Bréfritari: Einar Ásmundsson
Viðtakandi: Jón Borgfirðings Jónsson
Dagsetning: A-1858-12-02
Skrifað á: Nesi  S-Þing.

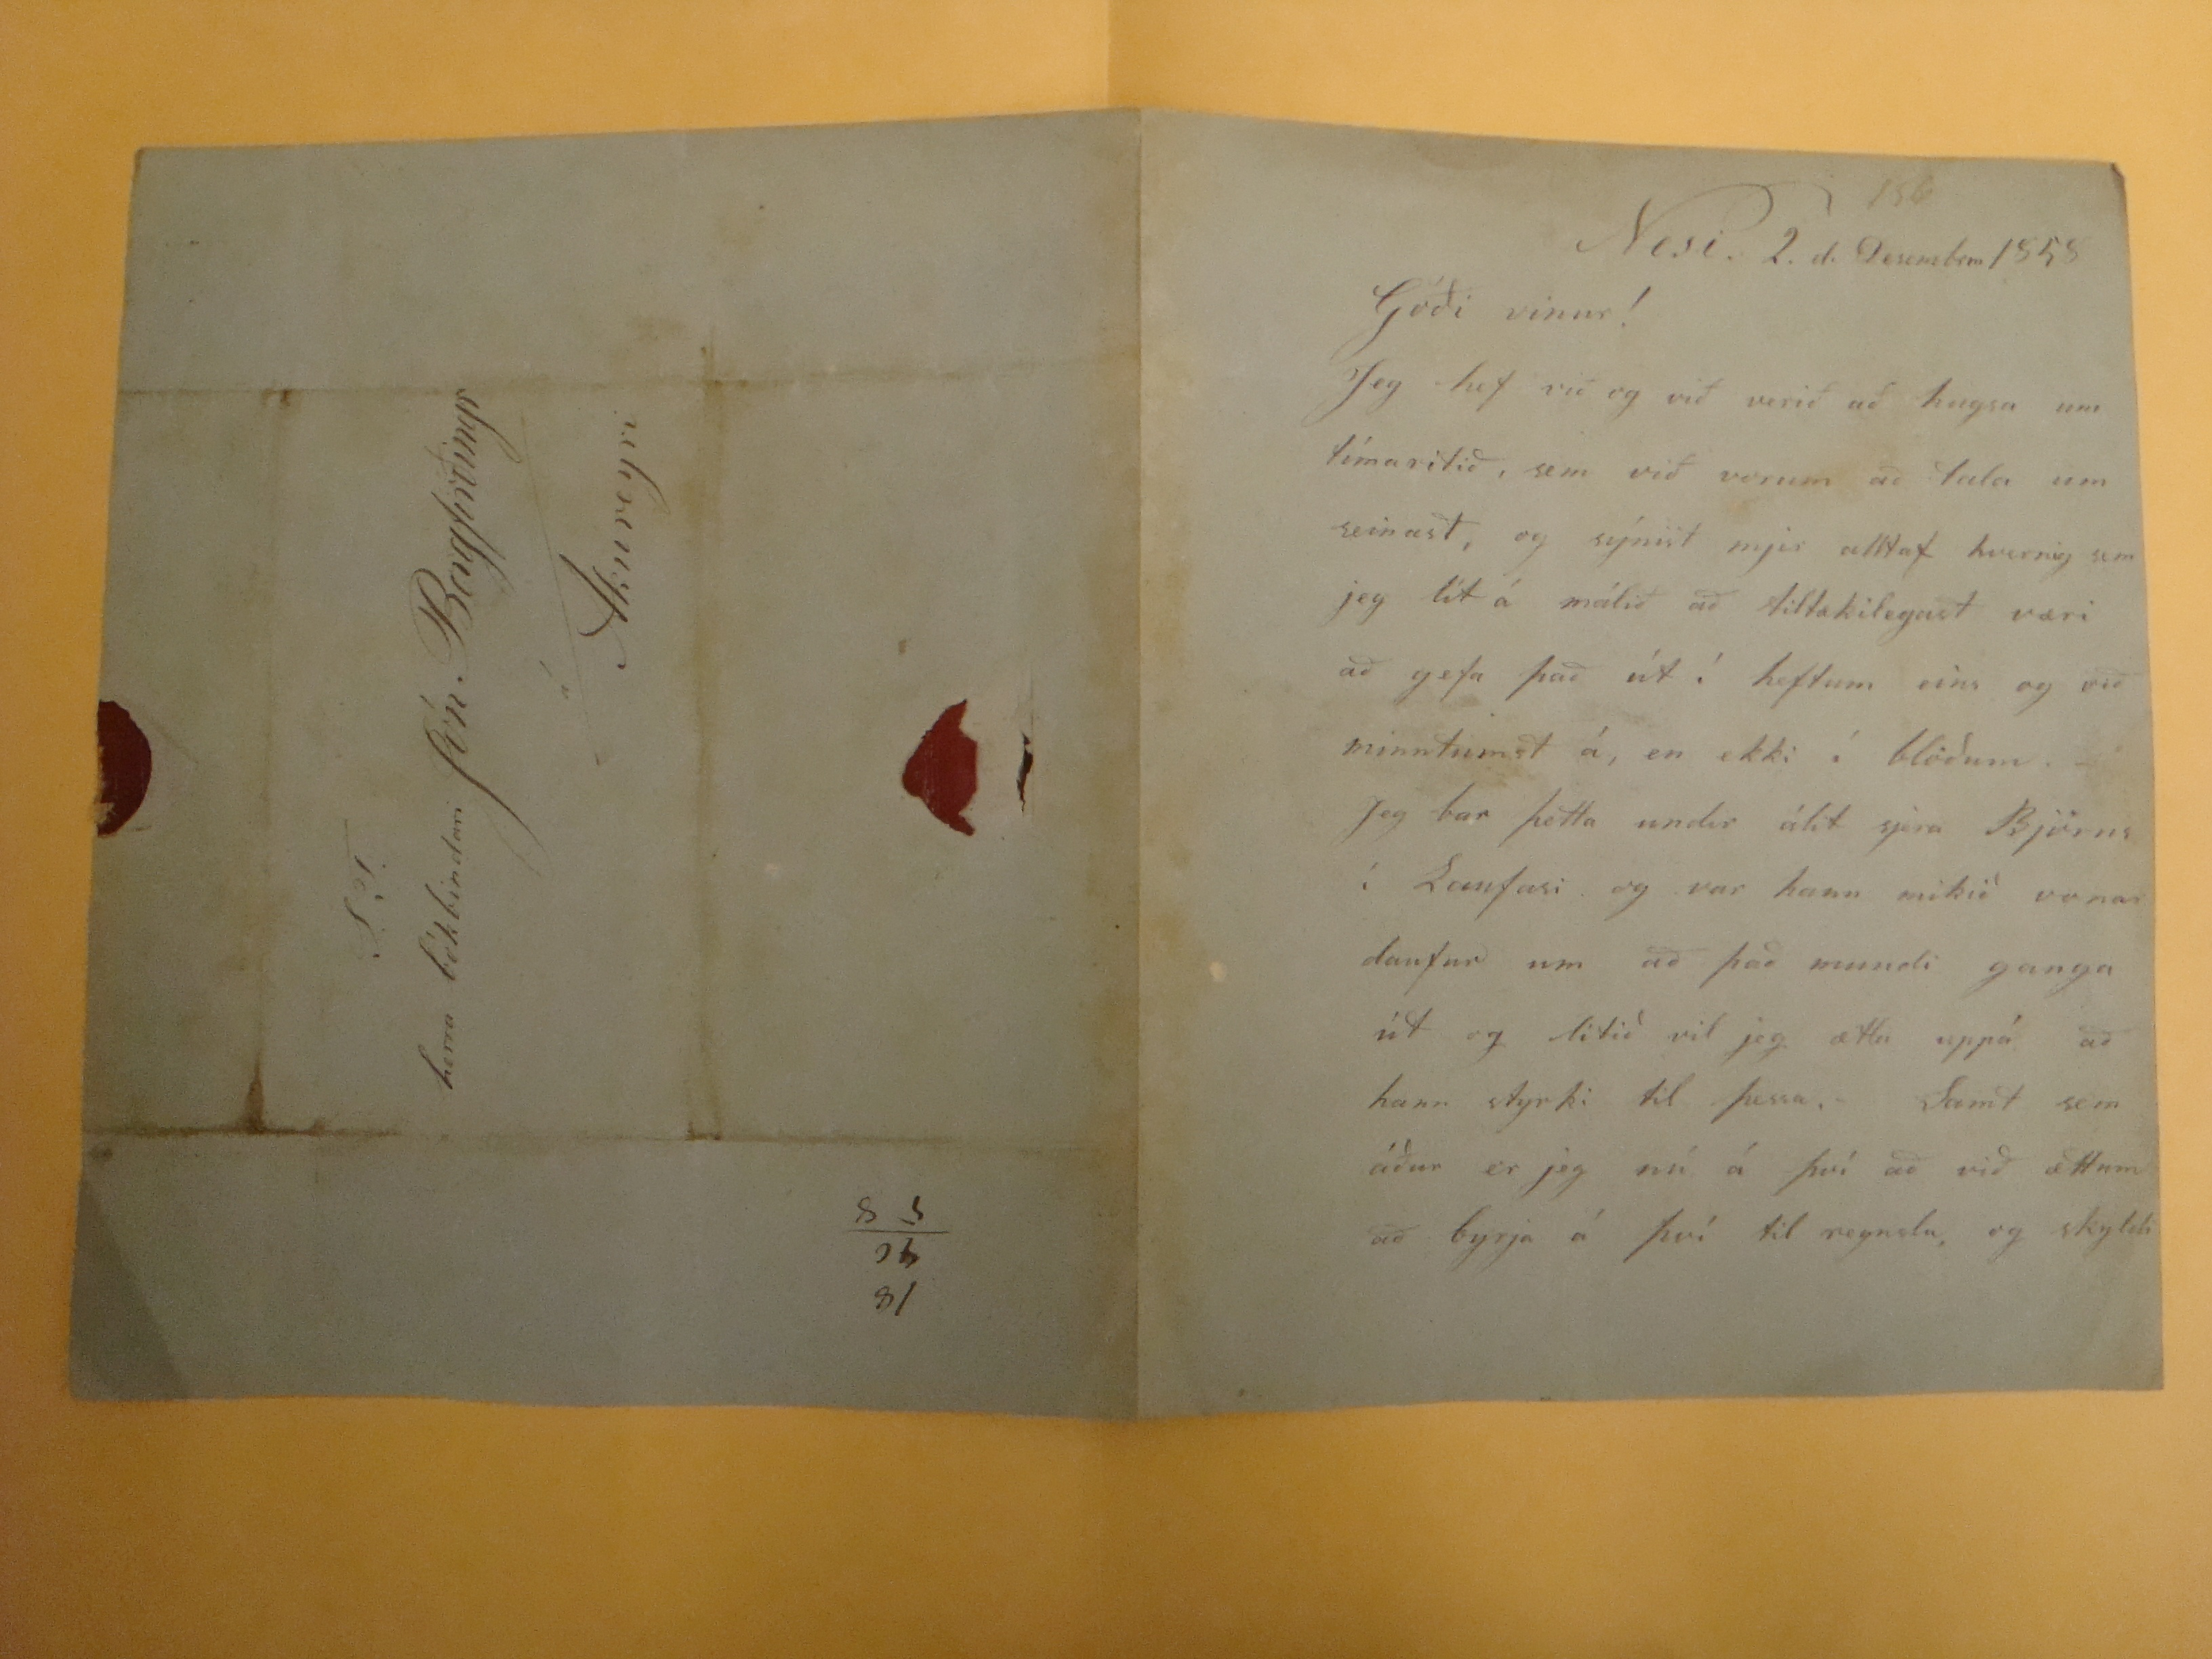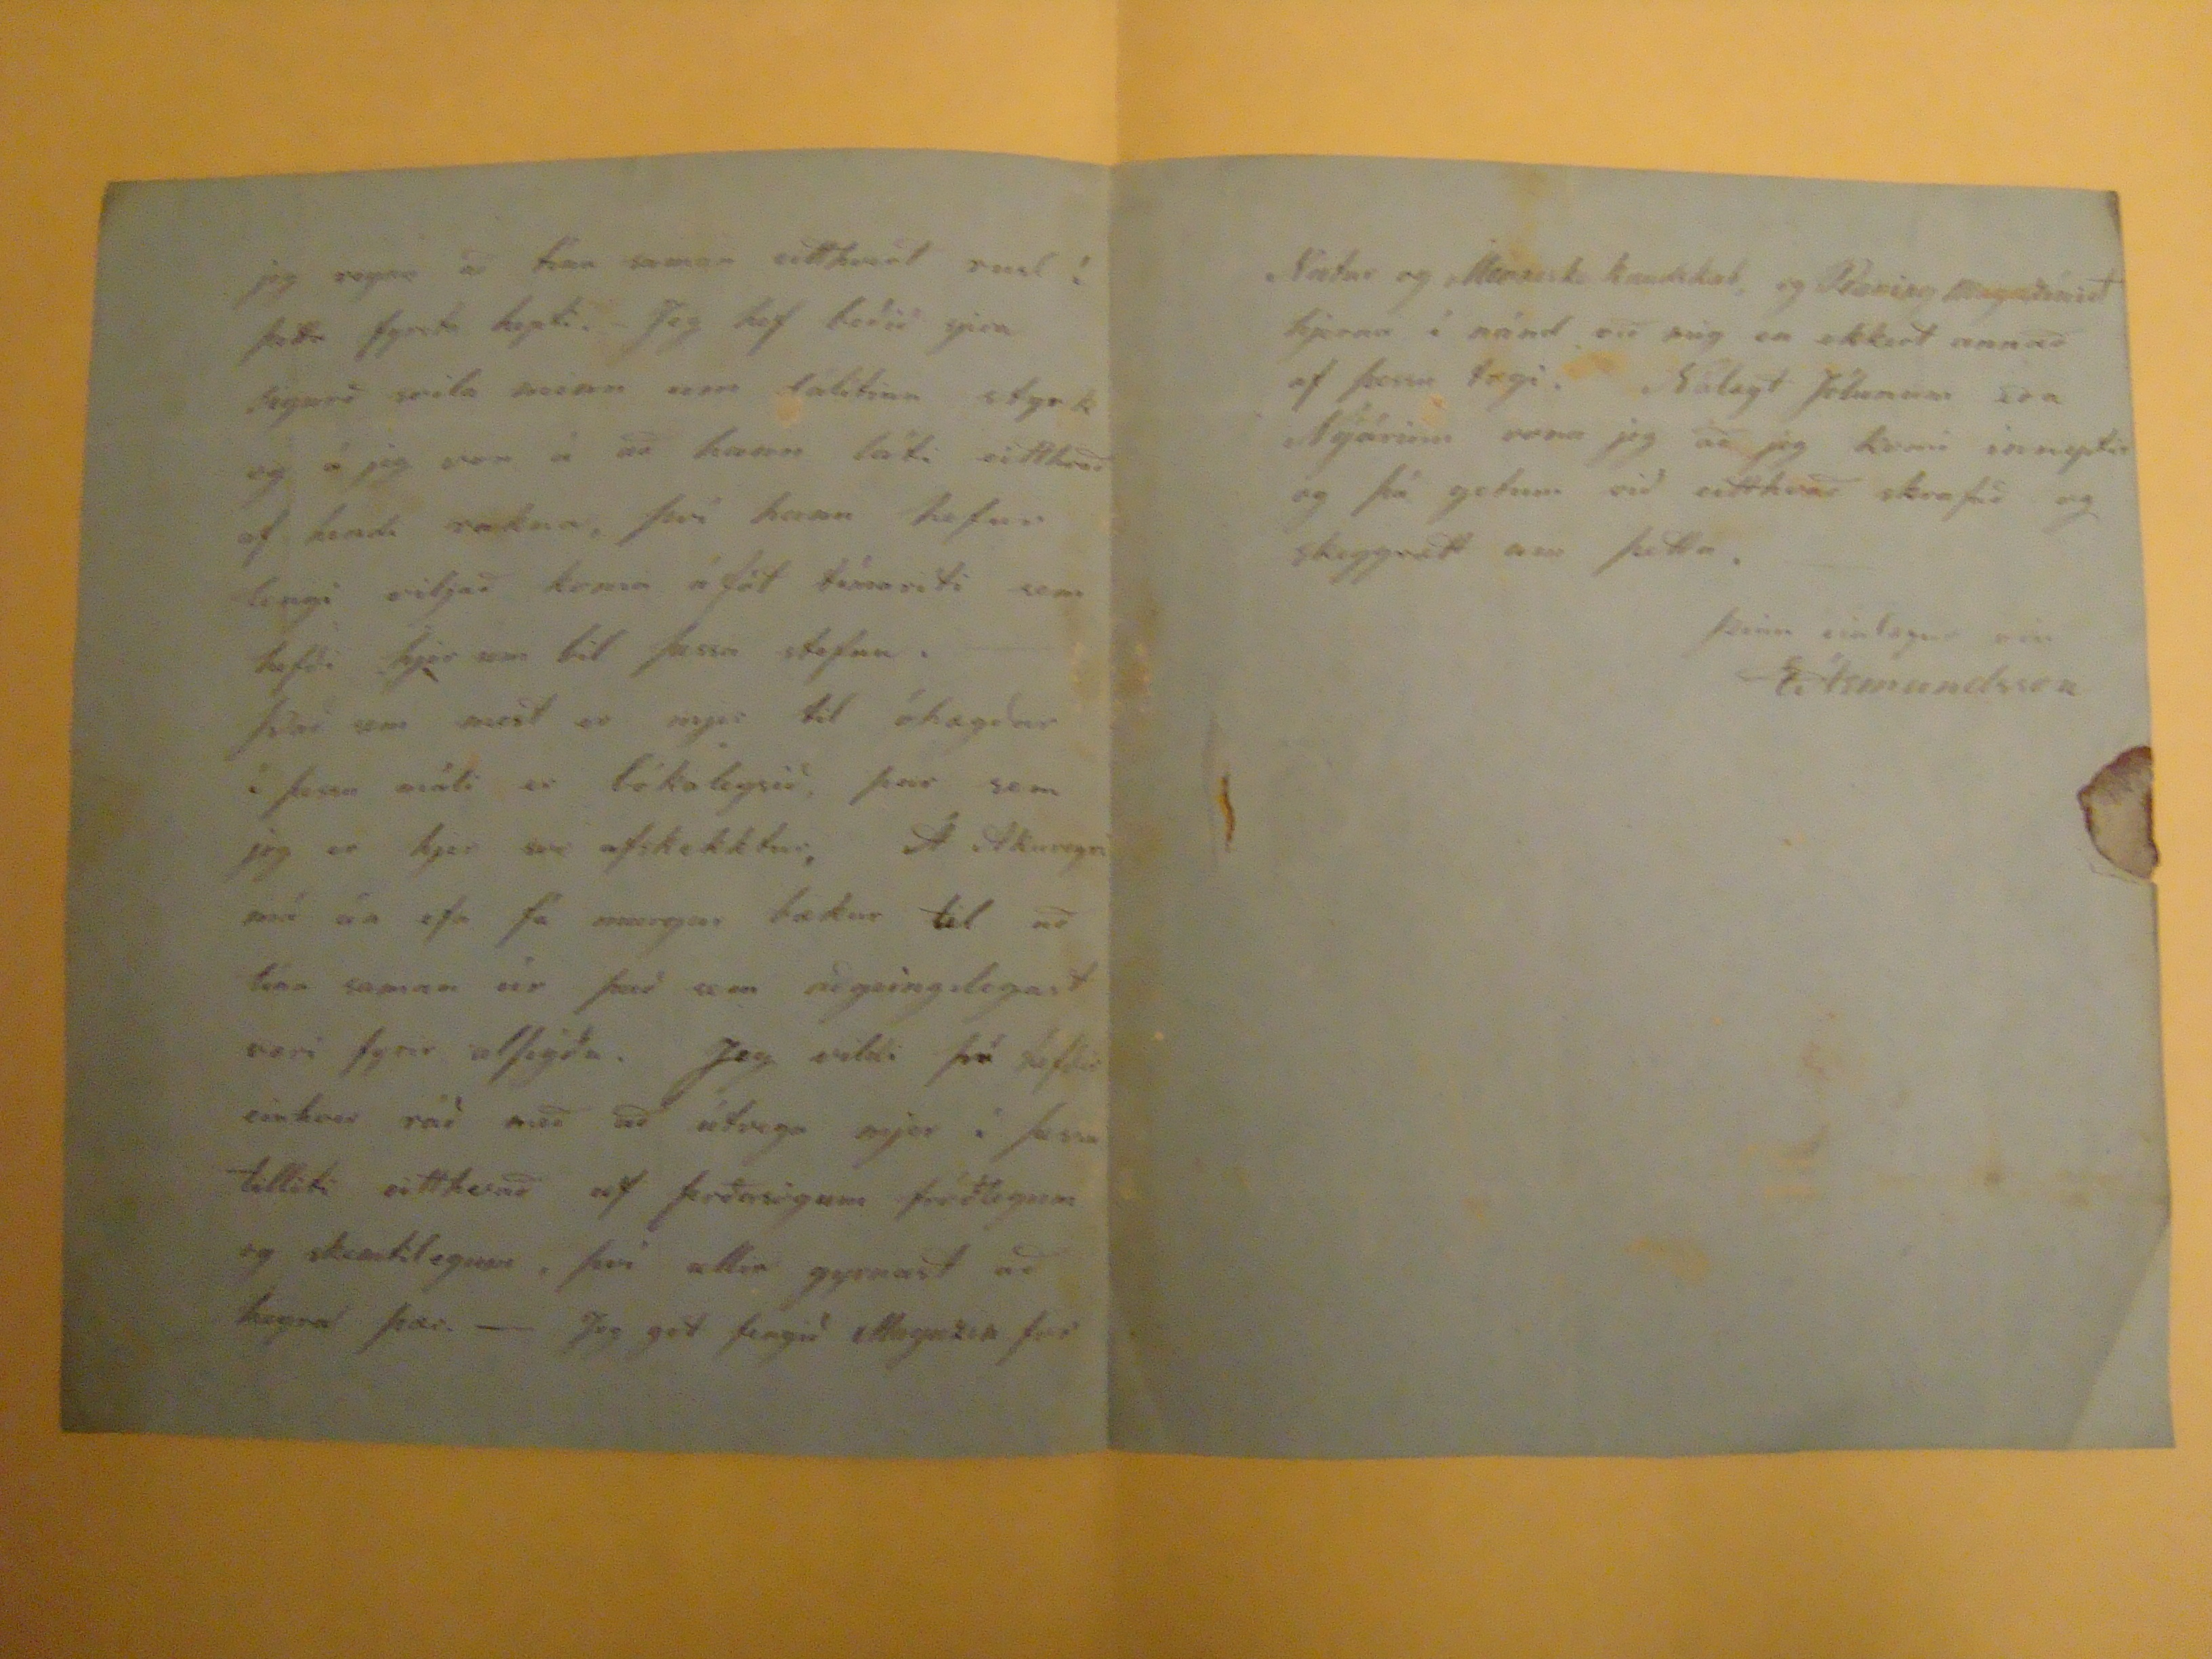

nesi. 2. d. Desember 1858
Góði vinur!
Jeg hef við og við verið að hugsa um tímaritið, sem við vorum að tala um seinast, og sýnist mjer alltaf hvernig sem jeg lít á málið að tiltakilegast væri að gefa það út í heftum eins og við minntumst á, en ekki í blöðum. Jeg bar þetta undir álit sjera Björns í
Lanfasi
og var hann mikið vonar daufur um að það mundi ganga út og litið vil jeg ætla uppá að hann styrkti til þessa. Samt sem áður er jeg nú á því að við ættum að byrja á því til reynslu, og skyldi
jeg reyni að tína saman eitthvert rusl í þetta fyrsta hepti.- Jeg hef beðið sjera Sigurð
seila
neinn umd álítinn styrk og á jeg von á að hann láti eitthvað af hendi rakna, því hann hefur lengi viljað koma á fót tímariti sem hefði hjer um bil þessa stefnu.- Það sem mest er mjer til óhægðar í þessu máli er bókaleysið, þar sem jeg er hjer svo afskekktur, Á Akureyri má án efa fá margar bækur til að tína saman úr því sem aðgeingilegast væri fyrir alþýðu. Jeg vildi þú hefðir einvher ráð með að útvega mjer í þssu tilliti eitthvað af
þeðasigum
fróðlegum og skemtilegum, því allir gyrnast að heyra þær.- Jeg get fengið
Magnus fer
Natur og ?????
, og
??? magasínið hjerna
í nánd en mig er ekkert annað af þessu tægi. Nálægt Jólunum eða Nýárinu vona jeg að jeg komi inneptir og þá getum við eitthvað skrafað og skeggrætt um þetta.
þinn einlægur vin EÁsmundsson
S.T.
herra bókbindari Jón. Borgfirðings
á/Akureyri